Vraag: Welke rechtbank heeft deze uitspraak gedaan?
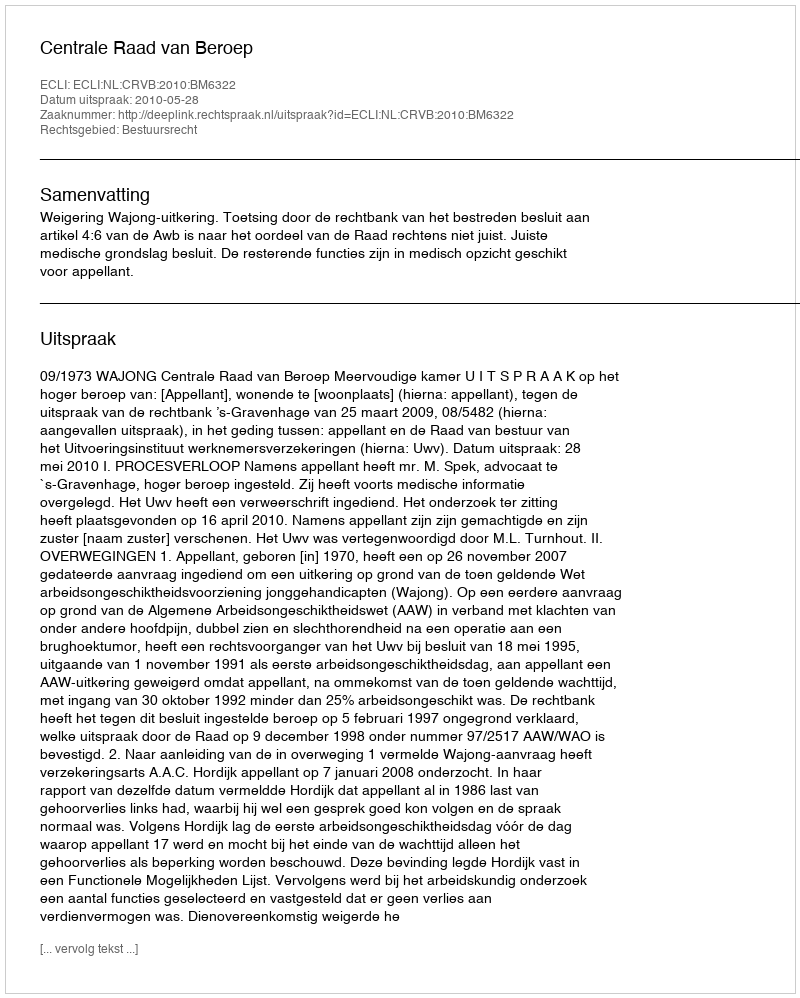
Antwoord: Centrale Raad van Beroep